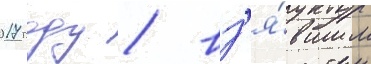
2017 году / вз'я́вшим